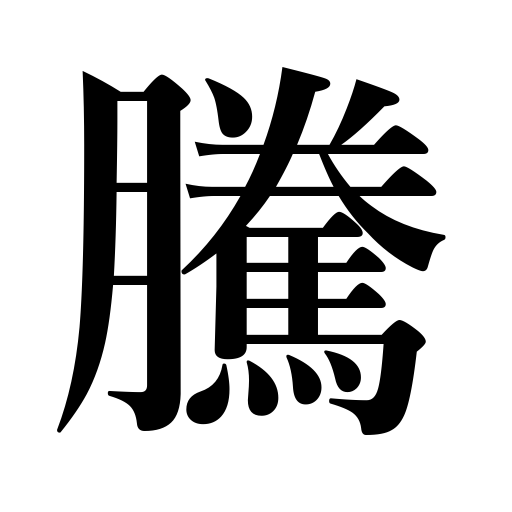
Meanings: price rise,rising